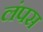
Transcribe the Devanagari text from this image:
लंपस